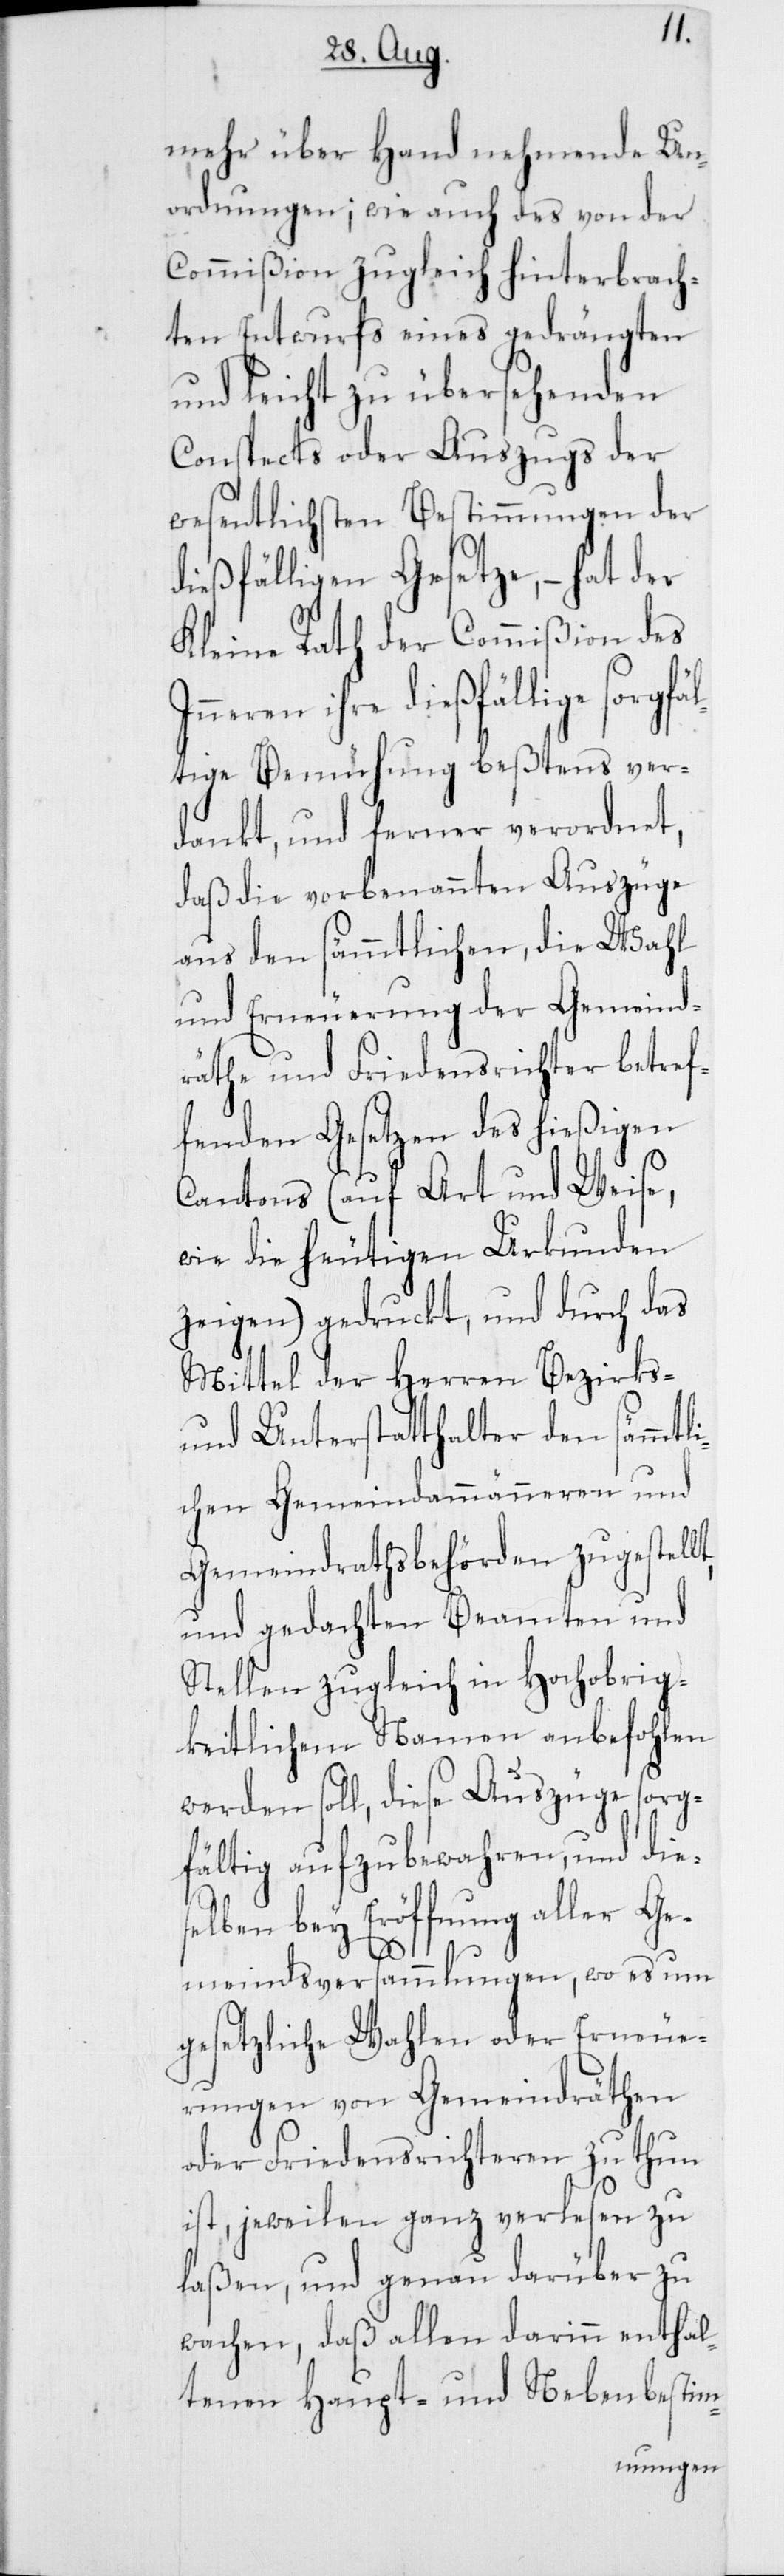
mehr über Hand nehmende Un¬
ordnungen; wie auch des von der
Commißion zugleich hinterbrach¬
ten Entwurfs eines gedrängten
und leicht zu übersehenden
Conspects oder Auszugs der
wesentlichsten Bestimmungen der
dießfälligen Gesetze, – hat der
Kleine Rath der Commißion des
ihre dießfällige sorg¬
tige Bemühung beßtens ver¬
dankt, und ferner verordnet,
daß die vorbenannten Auszüge
aus den sämmtlichen, die Wahl
und Erneuerung der Gemeind¬
räthe und Friedensrichter betref¬
fenden Gesetzen des hießigen
Cantons (auf Art und Weise,
wie die heutigen Urkunden
zeigen) gedruckt, und durch das
Mittel der Herren Bezirks-
und Unterstatthalter den sämmtli¬
chen Gemeindammänneren und
Gemeindrathsbehörden zugestellt,
und gedachten Beamten und
Stellen zugleich in Hochobrig¬
keitlichem Namen anbefohlen
werden soll, diese Auszüge sorg¬
fältig aufzubewahren, und die¬
selben bey Eröffnung aller Ge¬
fäl¬
meindsversammlungen, wo es um
gesetzliche Wahlen oder Erneue¬
rungen von Gemeindräthen
oder Friedensrichteren zu thun
ist, jeweilen ganz verlesen zu
laßen, und genau darüber zu
wachen, daß allen darinn enthal¬
tenen Haupt- und Nebenbestim-